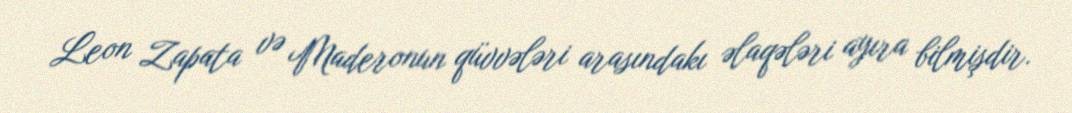
Leon Zapata və Maderonun qüvvələri arasındakı əlaqələri ayıra bilmişdir.